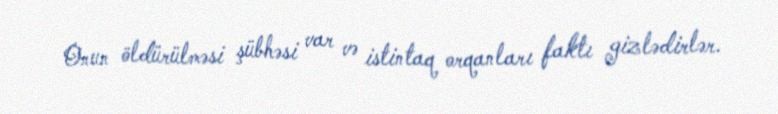
Onun öldürülməsi şübhəsi var və istintaq orqanları faktı gizlədirlər.